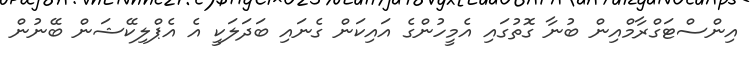
އިންސްޓަގްރާމްއިން ބުނާ ގޮތުގައި އެމީހުންގެ އައިކަން ގެނައި ބަދަލަކީ އެ އެޕްލިކޭޝަން ބޭނުން